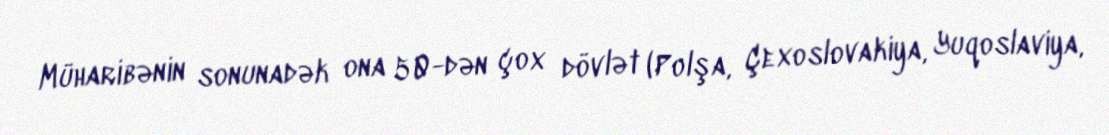
Müharibənin sonunadək ona 50-dən çox dövlət (Polşa, Çexoslovakiya, Yuqoslaviya,